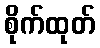
စိုက်ထုတ်